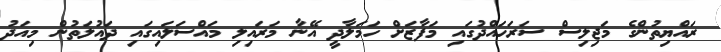
ރައްޔިތުންގެ މަޖިލިސް ސަރަހައްދުގައި މަފާޒަށް ހަމަލާދީ އޭނާ މަރައިލި މައްސަލައިގައި ދައުލަތުން މިއަދު